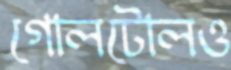
গোলটোলও